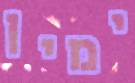
ימין